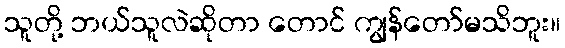
သူတို့ ဘယ်သူလဲဆိုတာ တောင် ကျွန်တော်မသိဘူး။